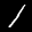
Label: 1